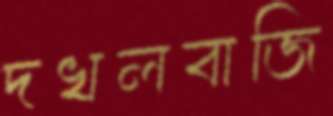
দখলবাজি